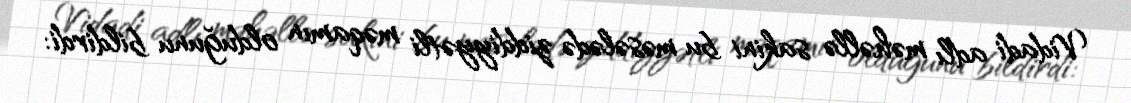
Vidadi adlı məhəllə sakini bu məsələdə ziddiyyətli məqamın olduğunu bildirdi: